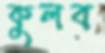
কুলব